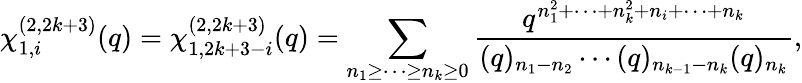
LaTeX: \chi_{1,i}^{(2,2k+3)}(q)=\chi_{1,2k+3-i}^{(2,2k+3)}(q)=\displaystyle\sum_{n_{1}\geq\cdots\geq n_{k}\geq 0}\frac{q^{n_{1}^{2}+\cdots+n_{k}^{2}+n_{i}+\cdots+n_{k}}}{(q)_{n_{1}-n_{2}}\cdots(q)_{n_{k-1}-n_{k}}(q)_{n_{k}}},